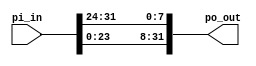
module rot_word (
    // input ports
    input [31:0] pi_in,
    
    // output ports
    output [31:0] po_out
);

assign po_out[31:8] = pi_in[23:0];
assign po_out[7:0] = pi_in[31:24];

endmodule